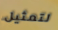
لتمثيل